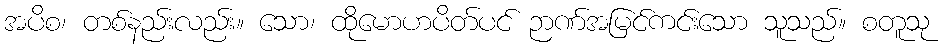
အပိစ၊ တစ်နည်းလည်း။ သော၊ ထိုမောဟပိတ်ပင် ဉာဏ်အမြင်ကင်းသော သူသည်။ စတူသု